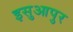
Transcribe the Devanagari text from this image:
इसुआपुर